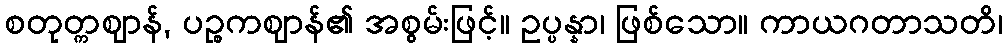
စတုတ္ကဈာန်, ပဉ္စကဈာန်၏ အစွမ်းဖြင့်။ ဥပ္ပန္နာ၊ ဖြစ်သော။ ကာယဂတာသတိ၊